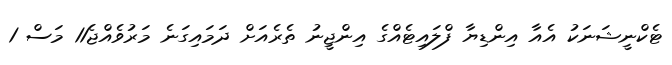
ޓެކްނީޝަނަކު އެއާ އިންޑިޔާ ފްލައިޓެއްގެ އިންޖީނު ތެރެއަށް ދަމައިގަނެ މަރުވެއްޖެ11 މަސް 1